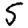
Digit: 5